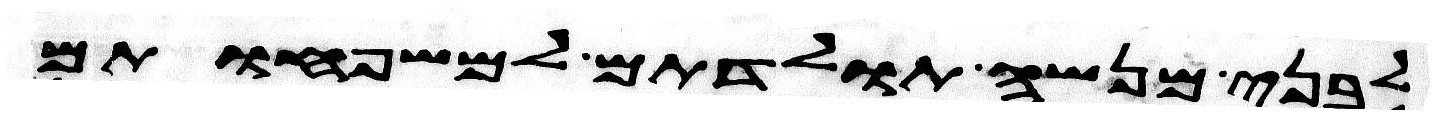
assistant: לבני מנשה תולדתם למשפחותם